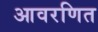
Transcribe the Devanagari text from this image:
आवरणित